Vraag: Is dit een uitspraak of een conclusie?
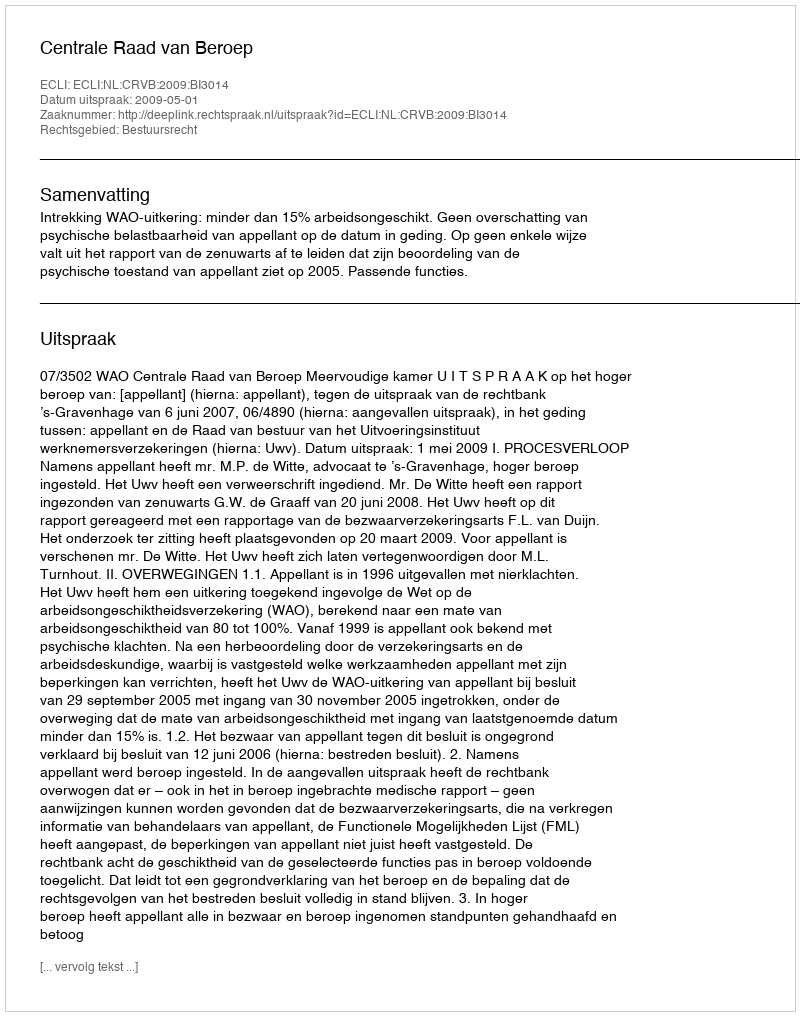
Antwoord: Uitspraak